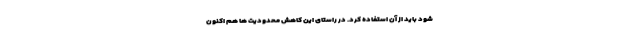
شود باید از آن استفاده کرد. در راستای این کاهش محدودیت ها هم اکنون